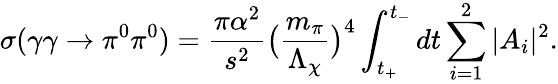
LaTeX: \sigma(\gamma\gamma\to\pi^{0}\pi^{0})={\frac{\pi\alpha^{2}}{s^{2}}}\bigl({\frac{m_{\pi}}{\Lambda_{\chi}}}\bigr)^{4}\int_{t_{+}}^{t_{-}}dt\sum_{i=1}^{2}|A_{i}|^{2}.